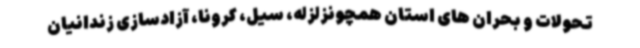
تحولات و بحران های استان همچونزلزله، سیل، کرونا، آزادسازی زندانیان